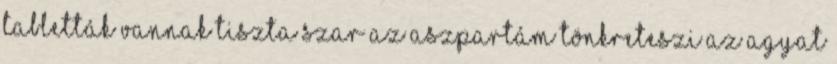
tabletták vannak tiszta szar Az aszpartám tönkreteszi az agyat